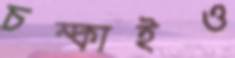
চম্‌কাইও